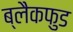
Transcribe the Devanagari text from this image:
ब्लैकफुड